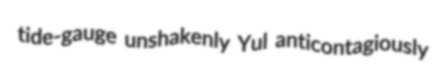
tide-gauge unshakenly Yul anticontagiously